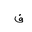
Letter: _fa